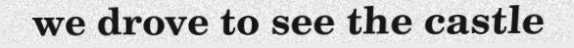
we drove to see the castle